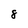
Character: 8